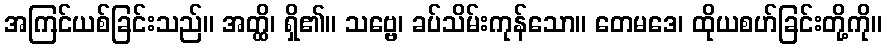
အကြင်ယစ်ခြင်းသည်။ အတ္ထိ၊ ရှိ၏။ သဗ္ဗေ၊ ခပ်သိမ်းကုန်သော။ တေမဒေ၊ ထိုယစဟ်ခြင်းတို့ကို။